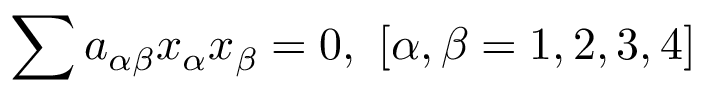
\sum a _ { \alpha \beta } x _ { \alpha } x _ { \beta } = 0 , \ \left[ \alpha , \beta = 1 , 2 , 3 , 4 \right]